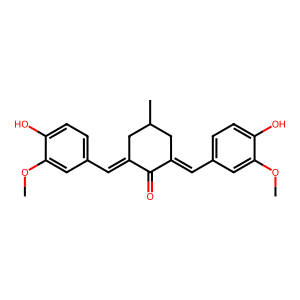
SMILES: COc1cc(C=C2CC(C)CC(=Cc3ccc(O)c(OC)c3)C2=O)ccc1O
Inhibits HIV replication: No